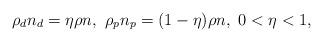
LaTeX: \begin{align*} \rho_dn_d=\eta\rho n, ~\rho_pn_p=(1-\eta)\rho n, ~0<\eta<1,\end{align*}